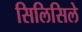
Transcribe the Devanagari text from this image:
सिलिसिले